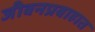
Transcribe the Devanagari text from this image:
जीवनप्रवाहात